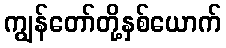
ကျွန်တော်တို့နှစ်ယောက်